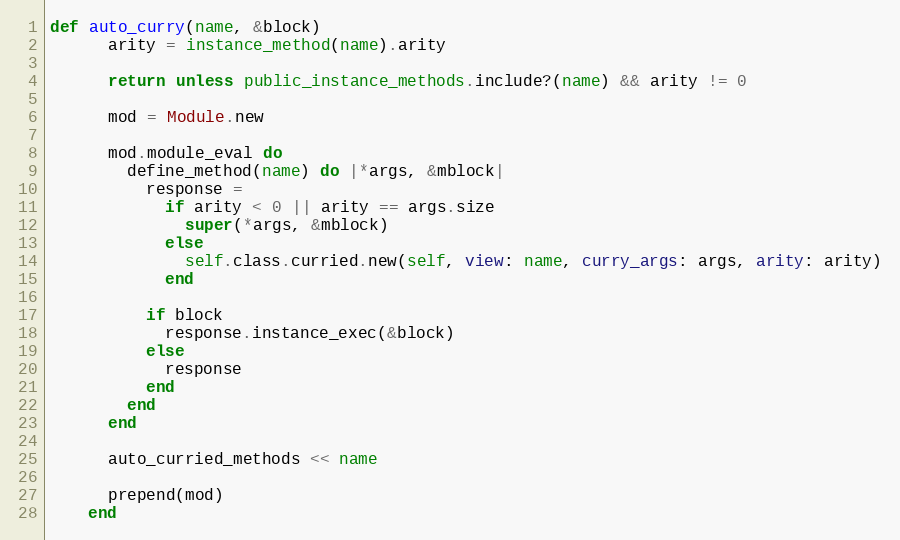
Language: Ruby
def auto_curry(name, &block)
      arity = instance_method(name).arity

      return unless public_instance_methods.include?(name) && arity != 0

      mod = Module.new

      mod.module_eval do
        define_method(name) do |*args, &mblock|
          response =
            if arity < 0 || arity == args.size
              super(*args, &mblock)
            else
              self.class.curried.new(self, view: name, curry_args: args, arity: arity)
            end

          if block
            response.instance_exec(&block)
          else
            response
          end
        end
      end

      auto_curried_methods << name

      prepend(mod)
    end